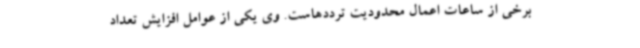
برخی از ساعات اعمال محدودیت ترددهاست. وی یکی از عوامل افزایش تعداد